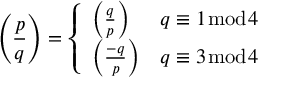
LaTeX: \left( { \frac { p } { q } } \right) = { \left\{ \begin{array} { l l } { \left( { \frac { q } { p } } \right) } & { q \equiv 1 { \bmod { 4 } } } \\ { \left( { \frac { - q } { p } } \right) } & { q \equiv 3 { \bmod { 4 } } } \end{array} \right. }